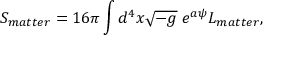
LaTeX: S _ { m a t t e r } = 1 6 \pi \int d ^ { 4 } x \sqrt { - g } \; e ^ { a \psi } L _ { m a t t e r } ,